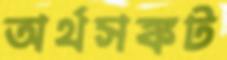
অর্থসঙ্কট